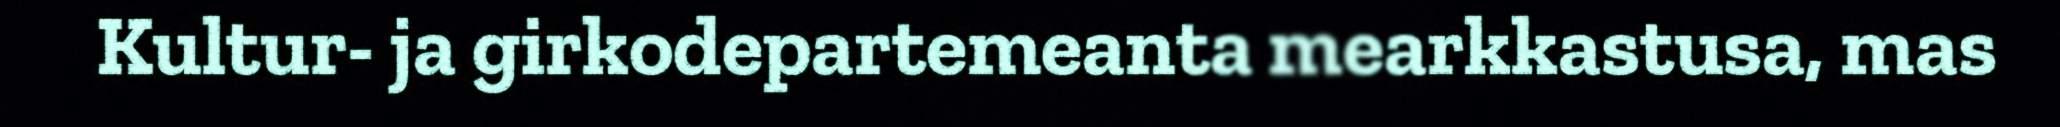
Kultur- ja girkodepartemeanta mearkkastusa, mas